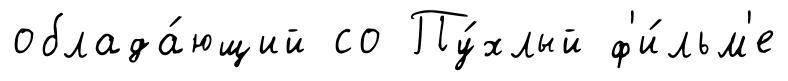
облада́ющий со Пу́хлый ф'и́льм'е